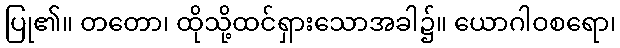
ပြု၏။ တတော၊ ထိုသို့ထင်ရှားသောအခါ၌။ ယောဂါဝစရော၊